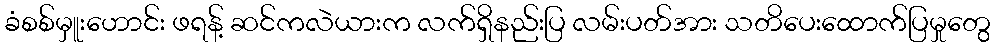
ခံစစ်မှူးဟောင်း ဖရန့် ဆင်ကလဲယားက လက်ရှိနည်းပြ လမ်းပတ်အား သတိပေးထောက်ပြမှုတွေ